Leaving Certificate Examination, 1920
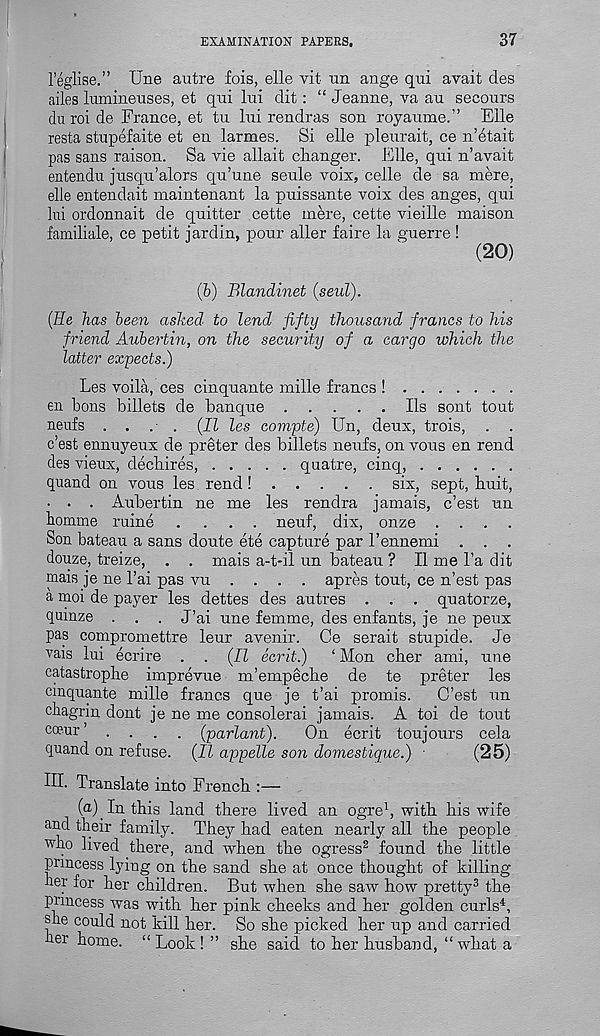
EXAMINATION PAPEES,
37
1’eglise.” Une autre fois, elle vit un ange qui avait des
ailes lumineuses, et qui lui dit: “ Jeanne, va au secours
du roi de France, et tu lui rendras son royaume.” File
resta stupefaite et en larmes. Si elle pleurait, ce n’6tait
pas sans raison. Sa vie allait changer. Elle, qui n’avait
entendu jusqu’alors qu’une seule voix, celle de sa mere,
elle entendait maintenant la puissante voix des anges, qui
lui ordonnait de quitter cette mere, cette vieille maison
familiale, ce petit jardin, pour aller faire la guerre !
(20)
(6) Blandinet (seul).
(He has been ashed to lend fifty thousand francs to his
friend Aubertin, on the security of a cargo which the
latter expects.)
Les voila, ces cinquante mille francs !
en bons billets de banque
Ils sont tout
neufs . .
. (II les compte) Un, deux, trois, . .
c’est ennuyeux de preter des billets neufs, on vous en rend
des vieux, decb ires,
quatre, cinq,
quand on vous les rend!
six, sept, huit,
• . . Aubertin ne me les rendra jamais, c’est un
homme mine .... neuf, dix, onze . . . .
Son bateau a sans doute ete capture par I’ennemi . . .
douze, treize, . . mais a-t-il un bateau ? II me l’a dit
mais je ne 1’ai pas vu . . . . apres tout, ce n’est pas
a moi de payer les dettes des autres . . . quatorze,
qumze . . . J’ai une femme, des enfants, je ne peux
pap compromettre leur avenir. Ce serait stupide. Je
vais lui ecrire . . (II ecrit.)
‘ Mon cber ami, une
catastrophe imprevue m’empeche de te preter les
cmquante mille francs que je t’ai promis.
C’est un
chagrin dont je ne me consolerai jamais. A toi de tout
coeur
.... (parlant).
On ecrit toujours cela
quand on refuse. (II appelle son domestique.) ■
(25)
HI. Translate into French :—
(a) Inthis land there lived an ogre 1 , with his wife
and their family. They had eaten nearly all the people
who lived there, and when the ogress 2 found the little
princess lying on the sand she at once thought of killing
her for her children. But when she saw how pretty 3 the
princess was with her pink cheeks and her golden curls 4 ,
she could not kill her. So she picked her up and carried
her home. “Look! ” she said to her husband, “what a